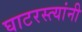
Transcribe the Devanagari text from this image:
घाटरस्त्यांनी